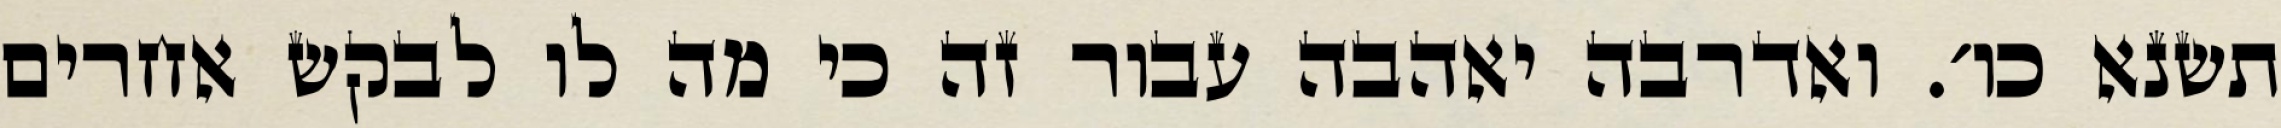
תשנא כו׳. ואדרבה יאהבה עבור זה כי מה לו לבקש אחרים